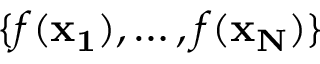
\{ f ( \mathbf { x _ { 1 } } ) , \dotsc , f ( \mathbf { x _ { N } } ) \}